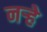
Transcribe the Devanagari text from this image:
नर्‍हे